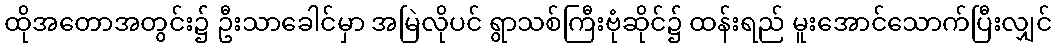
ထိုအတောအတွင်း၌ ဦးသာခေါင်မှာ အမြဲလိုပင် ရွာသစ်ကြီးဗုံဆိုင်၌ ထန်းရည် မူးအောင်သောက်ပြီးလျှင်